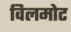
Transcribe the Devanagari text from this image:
विलमोट